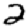
Digit: 2